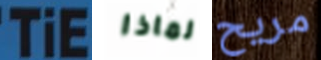
TiE لماذا مريح